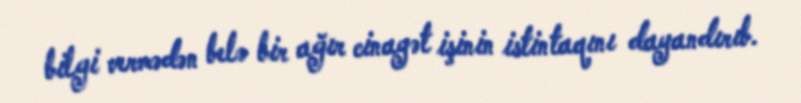
bilgi vermədən belə bir ağır cinayət işinin istintaqını dayandırıb.